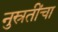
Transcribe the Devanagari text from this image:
नुस्रतींचा